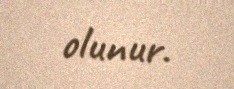
olunur.